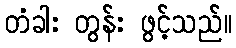
တံခါး တွန်း ဖွင့်သည်။